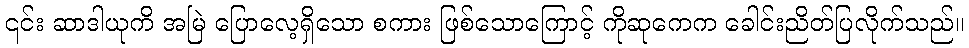
၎င်း ဆာဒါယုကိ အမြဲ ပြောလေ့ရှိသော စကား ဖြစ်သောကြောင့် ကိုဆုကေက ခေါင်းညိတ်ပြလိုက်သည်။